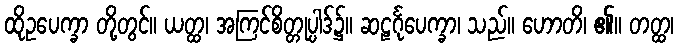
ထိုဥပေက္ခာ တို့တွင်။ ယတ္ထ၊ အကြင်စိတ္တုပ္ပါဒ်၌။ ဆဠင်္ဂုပေက္ခာ၊ သည်။ ဟောတိ၊ ၏။ တတ္ထ၊